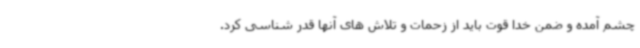
چشم آمده و ضمن خدا قوت باید از زحمات و تلاش های آنها قدر شناسی کرد.